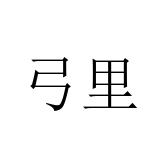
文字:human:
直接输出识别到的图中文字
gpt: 弓里